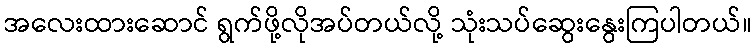
အလေးထားဆောင် ရွက်ဖို့လိုအပ်တယ်လို့ သုံးသပ်ဆွေးနွေးကြပါတယ်။